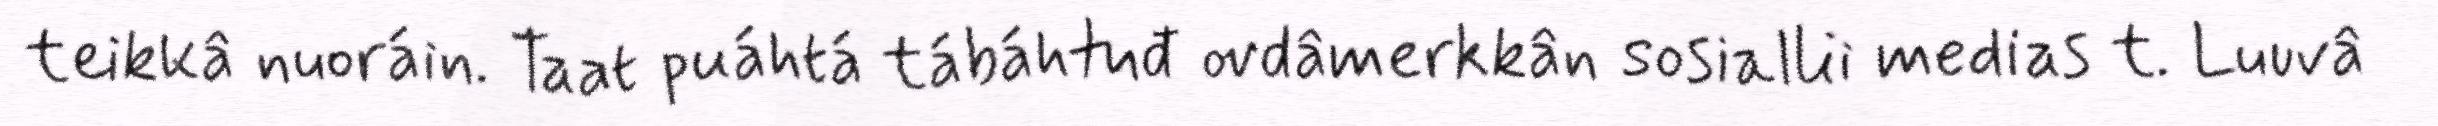
teikkâ nuoráin. Taat puáhtá tábáhtuđ ovdâmerkkân sosiallii medias t. Luuvâ